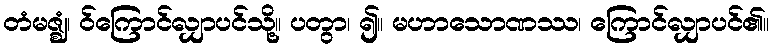
တံမဇ္ဈံ၊ ဝ်ကြောင်လျှာပင်သို့။ ပတွာ၊ ၍။ မဟာသောဏဿ၊ ကြောင်လျှာပင်၏။